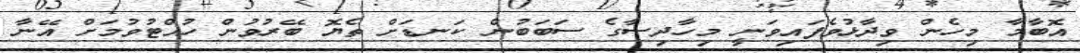
އޮބާމާ މިހެން ވިދާޅުވެފައިވަނީ މިހާދިސާގެ ސަބަބުން ކަނޑަށް ތެޔޮ ބޭރުވުން ހުއްޓުވުމަށް އޭނާ